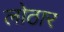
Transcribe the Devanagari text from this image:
लोठार